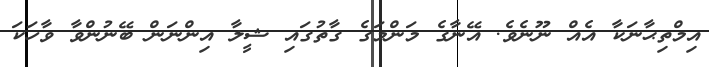
އިމްތިޙާނަކާ އެއް ނޫނެވެ. އޭނާގެ މަންމަގެ ގާތުގައި ޝީލާ އިންނަން ބޭނުންވާ ވާހަކަ